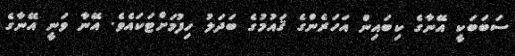
ސަބަބަކީ އޭނާގެ ކިބައިން އަހަރެންގެ ޤައުމުގެ ބަދަލު ހިފުމަށްޓަކައެވެ. އޭނާ ވަނީ އޭނާގެ